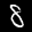
Label: 8